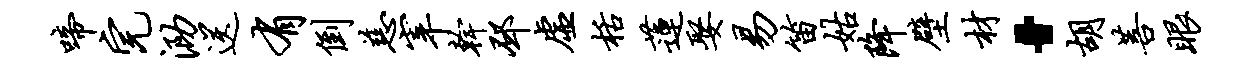
啼完泐送有倒慈宰干邳虚栝莲娶易笛姑降壁材·胡菩眼